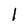
Character: 1